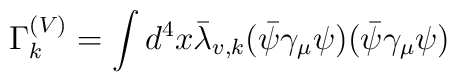
\Gamma_k^{(V)}=\int d^4x\bar\lambda_{v,k}(\bar\psi\gamma_\mu\psi)(\bar\psi\gamma_\mu\psi)